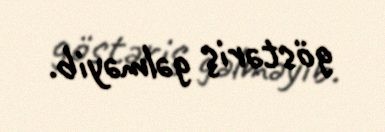
göstəriş gəlməyib.